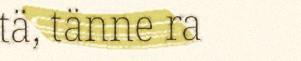
tä, tänne ra